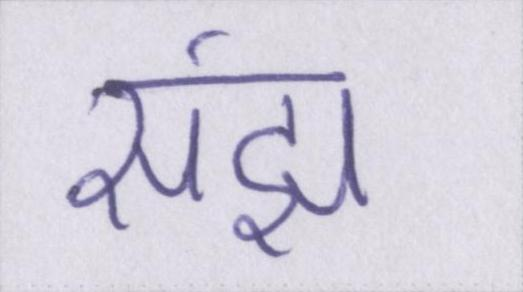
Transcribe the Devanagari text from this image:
संझ